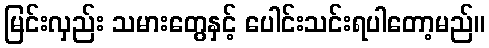
မြင်းလှည်း သမားတွေနှင့် ပေါင်းသင်းရပါတော့မည်။